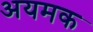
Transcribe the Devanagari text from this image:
अयमक